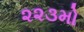
૨૨૩મો